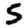
Digit: 5